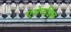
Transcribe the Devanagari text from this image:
एलेनडिल